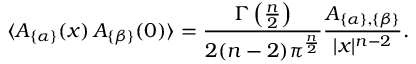
\langle A _ { \{ \alpha \} } ( x ) \, A _ { \{ \beta \} } ( 0 ) \rangle = { \frac { \Gamma \left( { \frac { n } { 2 } } \right) } { 2 ( n - 2 ) \pi ^ { \frac { n } { 2 } } } } { \frac { { \cal A } _ { \{ \alpha \} , \{ \beta \} } } { | x | ^ { n - 2 } } } .